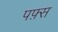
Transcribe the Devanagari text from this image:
पफ़्स